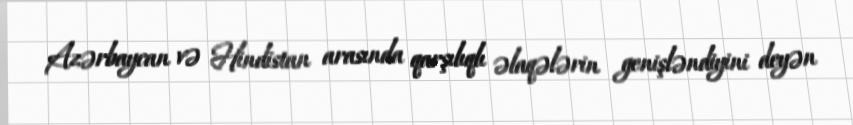
Azərbaycan və Hindistan arasında qarşılıqlı əlaqələrin genişləndiyini deyən